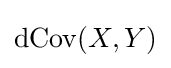
\operatorname {dCov} (X,Y)